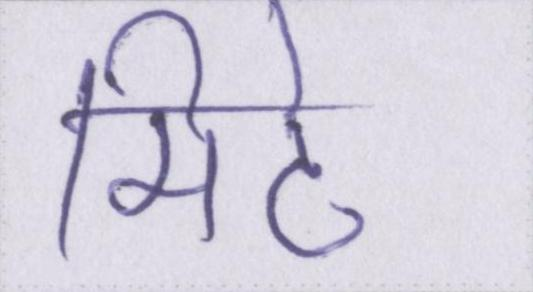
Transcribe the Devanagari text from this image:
मिटे